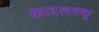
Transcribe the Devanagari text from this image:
कादलक्कु